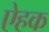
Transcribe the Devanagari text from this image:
ऐहक